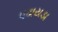
પઢાયડા